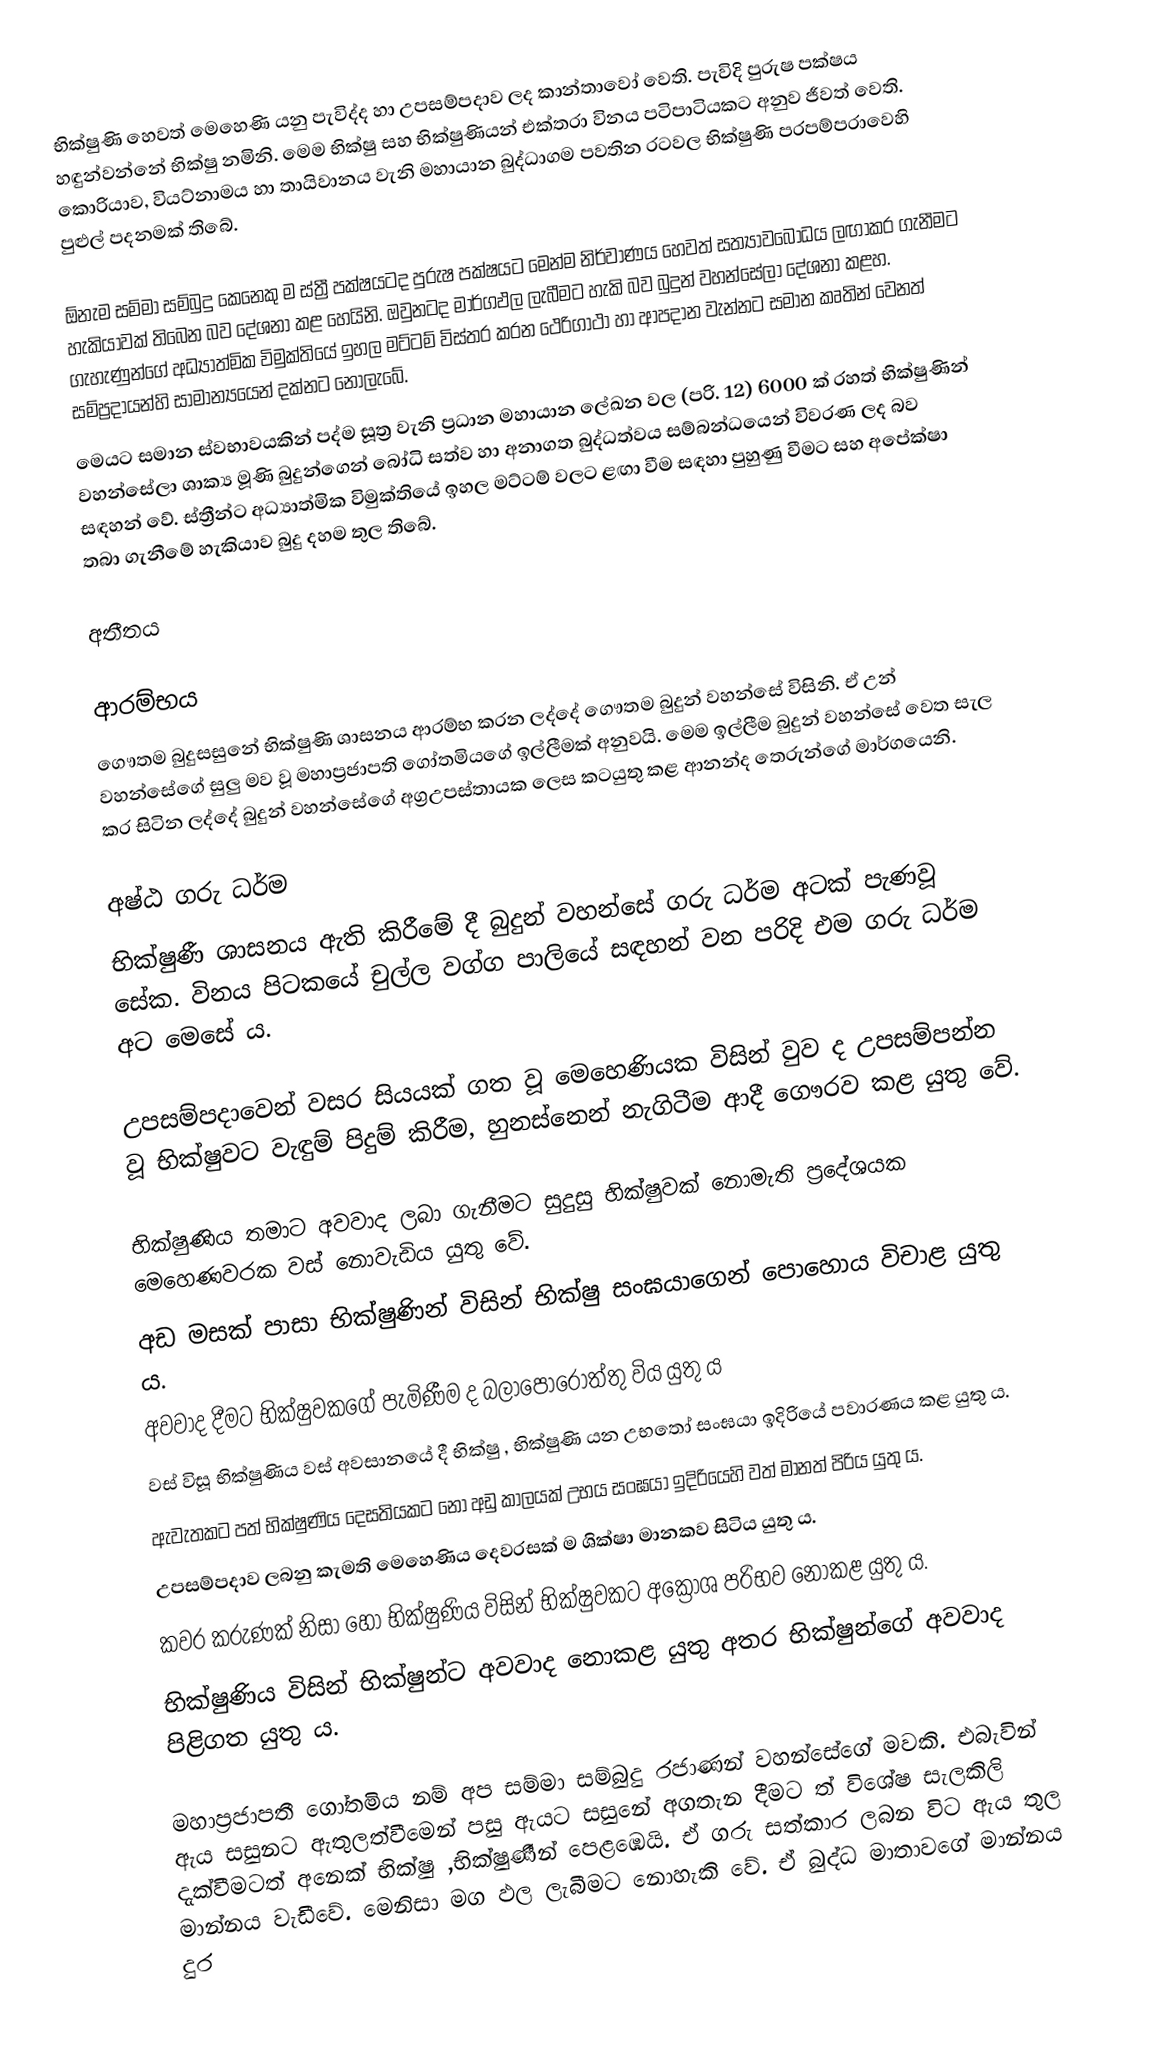
භික්ෂුණි හෙවත් මෙහෙණි  යනු පැවිද්ද හා උපසම්පදාව ලද කාන්තාවෝ වෙති. පැවිදි පුරුෂ පක්ෂය හඳුන්වන්නේ භික්ෂු නමිනි. මෙම භික්ෂු සහ භික්ෂුණියන් එක්තරා විනය පටිපාටියකට අනුව ජීවත් වෙති. කොරියාව, වියට්නාමය හා තායිවානය වැනි මහායාන බුද්ධාගම පවතින රටවල භික්ෂුණි පරපම්පරාවෙහි පුළුල් පදනමක් තිබේ.

ඕනැම සම්මා සම්බුදු කෙනෙකු ම ස්ත්‍රී පක්ෂයටද පුරුෂ පක්ෂයට මෙන්ම නිර්වාණය හෙවත් සත්‍යාවබෝධය ලඟාකර ගැනීමට හැකියාවක් තිබෙන බව දේශනා කළ හෙයිනි. ඔවුනටද මාර්ගඵල ලැබීමට හැකි බව බුදුන් වහන්සේලා දේශනා කළහ. ගැහැණුන්ගේ අධ්‍යාත්මික විමුක්තියේ ඉහල මට්ටම් විස්තර කරන ථෙරිගාථා හා ආපදාන වැන්නට සමාන කෘතින් වෙනත් සම්ප්‍රදායන්හි සාමාන්‍යයෙන් දක්නට නොලැබේ.
මෙයට සමාන ස්වභාවයකින් පද්ම සූත්‍ර වැනි ප්‍රධාන මහායාන ලේඛන වල (පරි. 12) 6000 ක් රහත් භික්ෂුණින් වහන්සේලා ශාක්‍ය මූණි බුදුන්ගෙන් බෝධි සත්ව හා අනාගත බුද්ධත්වය සම්බන්ධයෙන් විවරණ ලද බව සඳහන් වේ. ස්ත්‍රීන්ට අධ්‍යාත්මික විමුක්තියේ ඉහල මට්ටම් වලට ළඟා වීම සඳහා පුහුණු වීමට සහ අපේක්ෂා තබා ගැනීමේ හැකියාව බුදු දහම තුල තිබේ.

අතීතය

ආරම්භය
ගෞතම බුදුසසුනේ භික්ෂුණි ශාසනය  ආරම්භ කරන ලද්දේ ගෞතම බුදුන් වහන්සේ විසිනි. ඒ උන් වහන්සේගේ සුලු මව වූ මහාප්‍රජාපති ගෝතමියගේ ඉල්ලීමක් අනුවයි. මෙම ඉල්ලීම බුදුන් වහන්සේ වෙත සැල කර සිටින ලද්දේ බුදුන් වහන්සේගේ අග්‍රඋපස්තායක ලෙස කටයුතු කළ  ආනන්ද තෙරුන්ගේ මාර්ගයෙනි.

අෂ්ඨ ගරු ධර්ම
භික්ෂුණී ශාසනය ඇති කිරීමේ දී බුදුන් වහන්සේ ගරු ධර්ම අටක් පැණවූ සේක. විනය පිටකයේ චුල්ල වග්ග පාලියේ සඳහන් වන පරිදි එම ගරු ධර්ම අට මෙසේ ය.

උපසම්පදාවෙන් වසර සියයක් ගත වූ මෙහෙණියක විසින් වුව ද උපසම්පන්න වූ භික්ෂුවට වැඳුම් පිදුම් කිරීම, හුනස්නෙන් නැගිටීම ආදී ගෞරව කළ යුතු වේ.

භික්ෂුණිය තමාට අවවාද ලබා ගැනීමට සුදුසු භික්ෂුවක් නොමැති ප්‍රදේශයක මෙහෙණවරක වස් නොවැඩිය යුතු වේ.
අඩ මසක් පාසා භික්ෂුණින් විසින් භික්ෂු සංඝයාගෙන් පොහොය විචාළ යුතු ය.
අවවාද දීමට භික්ෂුවකගේ පැමිණීම ද බලාපොරොත්තු විය යුතු ය
වස් විසූ භික්ෂුණිය වස් අවසානයේ දී භික්ෂු , භික්ෂුණි යන උභතෝ සංඝයා ඉදිරියේ පවාරණය කළ යුතු ය.
ඇවැතකට පත් භික්ෂුණිය දෙසතියකට නො අඩු කාලයක් උභය සංඝයා ඉදිරියෙහි වත් මානත් පිරිය යුතු ය.
උපසම්පදාව ලබනු කැමති මෙහෙණිය දෙවරසක් ම ශික්ෂා මානකව සිටිය යුතු ය.
කවර කරුණක් නිසා හෝ භික්ෂුණිය විසින් භික්ෂුවකට අක්‍රෝශ පරිභව නොකළ යුතු ය.
භික්ෂුණිය විසින් භික්ෂුන්ට අවවාද නොකළ යුතු අතර භික්ෂුන්ගේ අවවාද පිළිගත යුතු ය.

මහාප්‍රජාපතී ගෝතමිය  නම් අප සම්මා සම්බුදු රජාණන් වහන්සේගේ මවකි. එබැවින් ඇය සසුනට ඇතුලත්වීමෙන් පසු ඇයට  සසුනේ අගතැන දීමට ත් විශේෂ සැලකිලි දැක්වීමටත් අනෙක් භික්ෂු ,භික්ෂුණීන් පෙළඹෙයි. ඒ ගරු සත්කාර ලබන විට ඇය තුල  මාන්නය වැඩීවේ. මෙනිසා මග ඵල  ලැබීමට නොහැකි වේ. ඒ බුද්ධ මාතාවගේ මාන්නය දුර